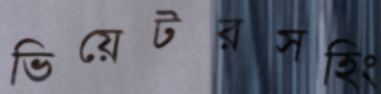
ভিয়েটরসহিং